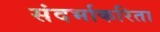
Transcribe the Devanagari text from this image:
संदर्भाकरिता